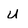
Character: u